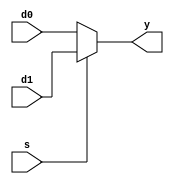
module mux2 #(parameter WIDTH = 8)
 (input wire [WIDTH-1:0] d0, d1,
 input wire s,
 output reg [WIDTH-1:0] y);
always@(*)
  y = s ? d1:d0;
endmodule